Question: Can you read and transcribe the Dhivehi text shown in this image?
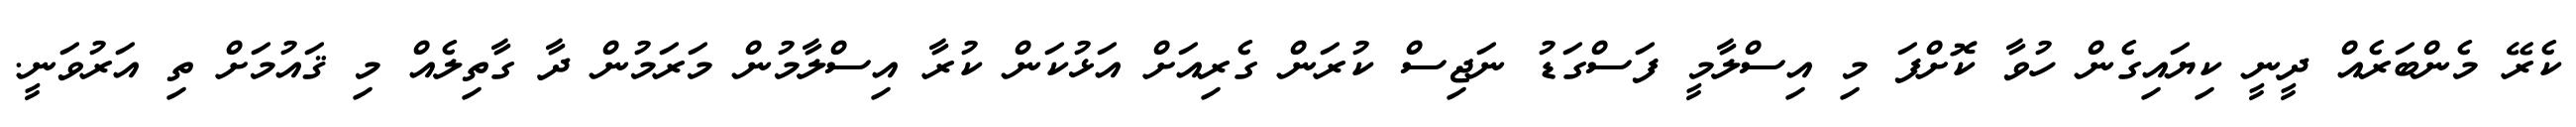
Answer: ކެރޭ މެންބަރެއް ދީނީ ކިޔައިގެން ހުވާ ކޮށްފަ މި އިސްލާމީ ފަސްގަޑު ނަޖިސް ކުރަން ގެރިއަށް އަޅުކަން ކުރާ އިސްލާމުން މަރަމުން ދާ ގާތިލެއް މި ޤައުމަށް ތި އަރުވަނީ.